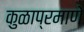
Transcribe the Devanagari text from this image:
कुळाप्रमाणे